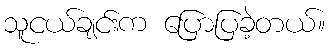
သူငယ်ချင်းက ပြောပြခဲ့တယ်။